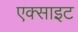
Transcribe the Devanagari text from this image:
एक्साइट